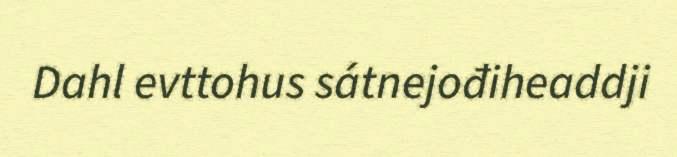
Dahl evttohus sátnejođiheaddji